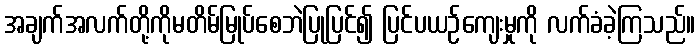
အချက်အလက်တို့ကိုမတိမ်မြုပ်စေဘဲပြုပြင်၍ ပြင်ပယဉ်ကျေးမှုကို လက်ခံခဲ့ကြသည်။